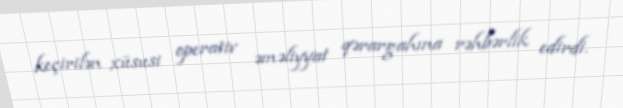
keçirilən xüsusi operativ əməliyyat qərargahına rəhbərlik edirdi.